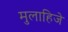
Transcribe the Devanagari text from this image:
मुलाहिजे